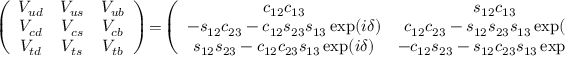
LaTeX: \left( \begin{array} { c c c } { { V _ { u d } } } & { { V _ { u s } } } & { { V _ { u b } } } \\ { { V _ { c d } } } & { { V _ { c s } } } & { { V _ { c b } } } \\ { { V _ { t d } } } & { { V _ { t s } } } & { { V _ { t b } } } \end{array} \right) \! = \! \left( \begin{array} { c c c } { { c _ { 1 2 } c _ { 1 3 } } } & { { s _ { 1 2 } c _ { 1 3 } } } & { { s _ { 1 3 } \exp ( - i \delta ) } } \\ { { - s _ { 1 2 } c _ { 2 3 } - c _ { 1 2 } s _ { 2 3 } s _ { 1 3 } \exp ( i \delta ) } } & { { c _ { 1 2 } c _ { 2 3 } - s _ { 1 2 } s _ { 2 3 } s _ { 1 3 } \exp ( i \delta ) } } & { { s _ { 2 3 } c _ { 1 3 } } } \\ { { s _ { 1 2 } s _ { 2 3 } - c _ { 1 2 } c _ { 2 3 } s _ { 1 3 } \exp ( i \delta ) } } & { { - c _ { 1 2 } s _ { 2 3 } - s _ { 1 2 } c _ { 2 3 } s _ { 1 3 } \exp ( i \delta ) } } & { { c _ { 2 3 } c _ { 1 3 } } } \end{array} \right) ,